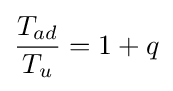
{\frac {T_{ad}}{T_{u}}}=1+q